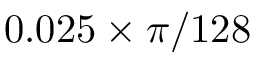
0 . 0 2 5 \times \pi / 1 2 8